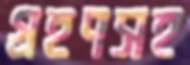
গ্রহণসহ